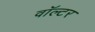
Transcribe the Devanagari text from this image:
वॉल्‍टर